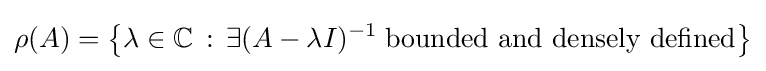
\rho (A)=\left\{\lambda \in \mathbb {C} \,:\,\exists (A-\lambda I)^{-1}\;{\text{bounded and densely defined}}\right\}